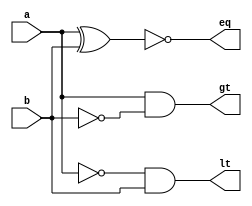
module comp1(gt,eq,lt,a,b);
input a,b;
output gt,eq,lt;
and G1(gt,a,bbar);
xnor G2(eq,a,b);
and G3(lt,abar,b);
not G4(abar,a);
not G5(bbar,b);
endmodule